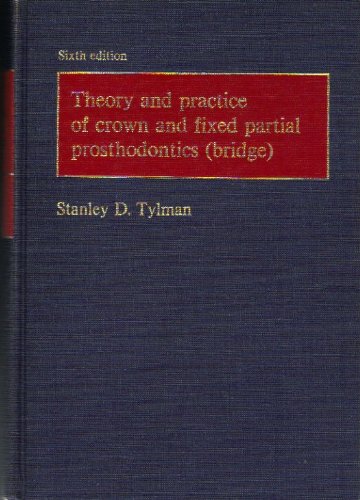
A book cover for Theory and Practice of Crown and Fixed Partial Prosthodontics; Stanley D. Tylman; Medical Books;